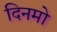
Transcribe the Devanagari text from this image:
दिनमो